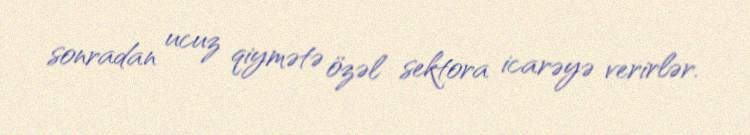
sonradan ucuz qiymətə özəl sektora icarəyə verirlər.